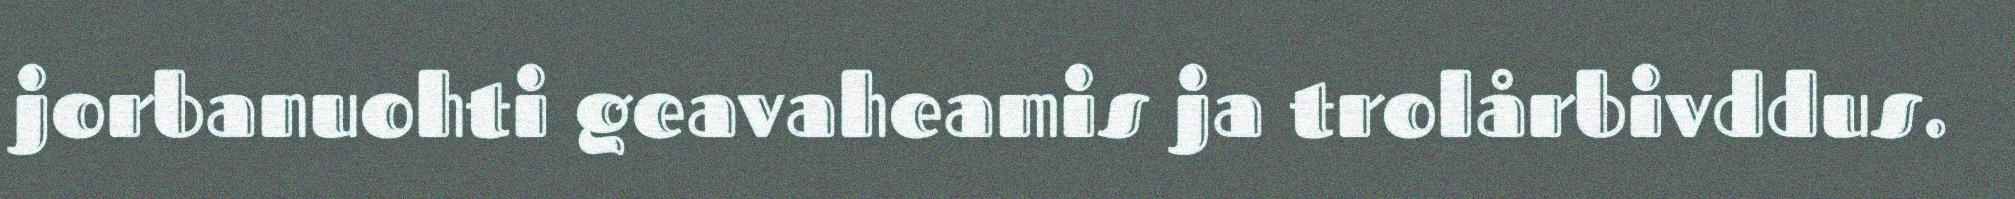
jorbanuohti geavaheamis ja trolårbivddus.